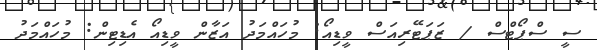
ސީ ސްޕޯޓްސް / ޒަޕަޓޭރިއަސް ވީޑިއޯ: މުހައްމަދު އަޒާން ވީޑިއޯ އެޑިޓިން: މުހައްމަދު